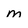
Character: m